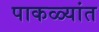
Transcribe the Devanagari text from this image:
पाकळ्यांत